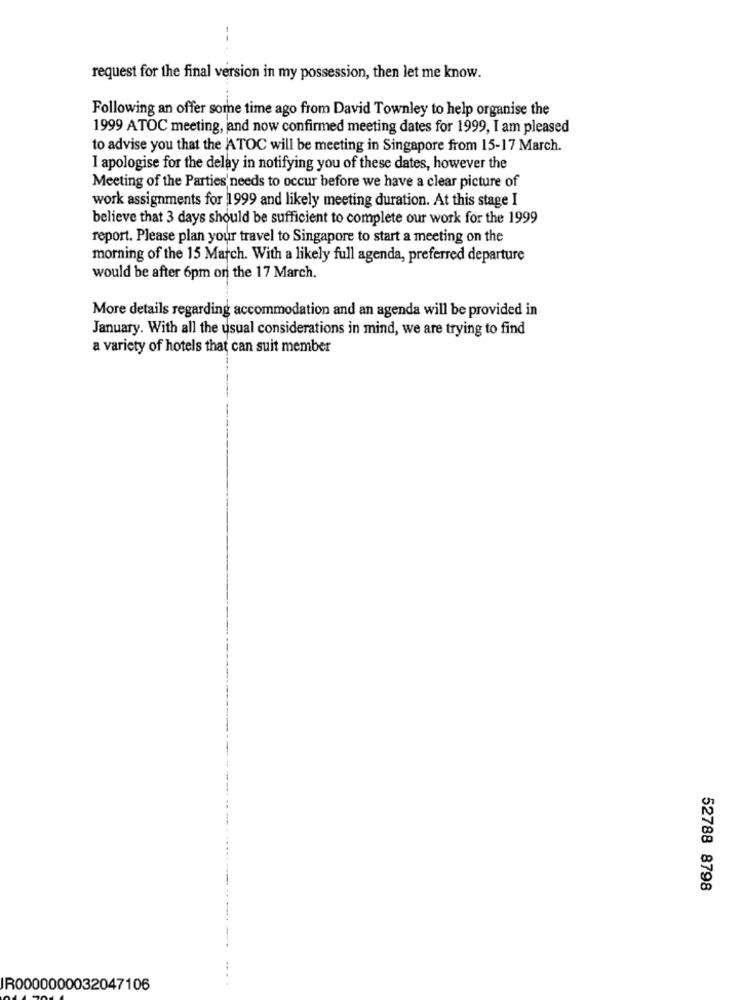
request for the final version in my possession, then let me know.
Following an offer some time ago from David Townley to help organise the
1999 ATOC meeting, and now confirmed meeting dates for 1999, I am pleased
to advise you that the ATOC will be meeting in Singapore from 15-17 March.
I apologise for the delay in notifying you of these dates, however the
Meeting of the Parties needs to occur before we have a clear picture of
work assignments for 1999 and likely meeting duration. At this stage I
believe that 3 days should be sufficient to complete our work for the 1999
report. Please plan your travel to Singapore to start a meeting on the
morning of the 15 March. With a likely full agenda, preferred departure
would be after 6pm on the 17 March.
More details regarding accommodation and an agenda will be provided in
January. With all the usual considerations in mind, we are trying to find
a variety of hotels that can suit member
52788 8798
IR0000000032047106